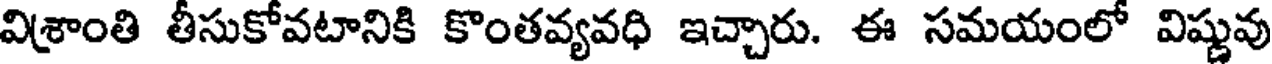
విశ్రాంతి తీసుకోవటానికి కొంతవ్యవధి ఇచ్చారు. ఈ సమయంలో విష్ణువు